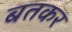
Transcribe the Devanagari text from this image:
बतकर